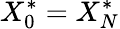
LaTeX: X_{0}^{*}=X_{N}^{*}